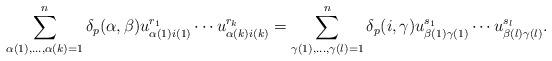
LaTeX: \begin{gather*}\sum_{\alpha(1),\ldots,\alpha(k)=1}^n \delta_p(\alpha,\beta) u_{\alpha(1)i(1)}^{r_1}\cdots u_{\alpha(k)i(k)}^{r_k}=\sum_{\gamma(1),\ldots,\gamma(l)=1}^n \delta_p(i,\gamma) u_{\beta(1)\gamma(1)}^{s_1}\cdots u_{\beta(l)\gamma(l)}^{s_l}.\end{gather*}